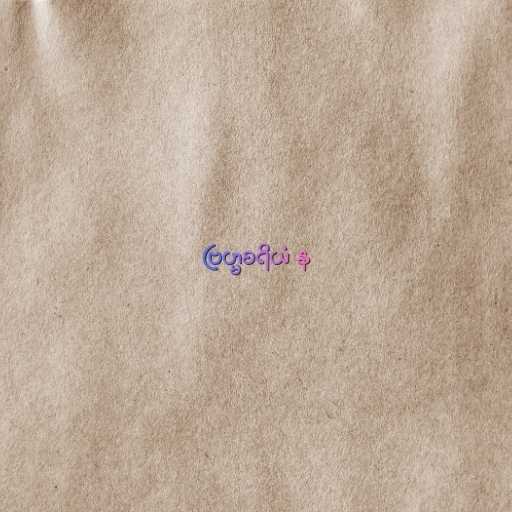
ဗြဟ္မစရိယံ န